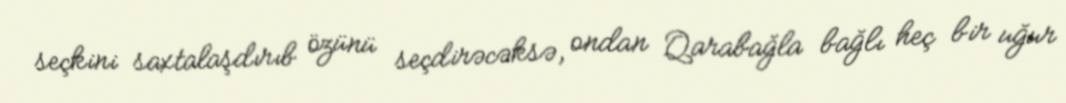
seçkini saxtalaşdırıb özünü seçdirəcəksə, ondan Qarabağla bağlı heç bir uğur